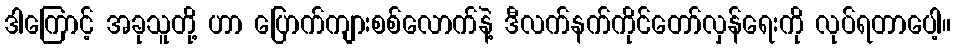
ဒါကြောင့် အခုသူတို့ ဟာ ပြောက်ကျားစစ်လောက်နဲ့ ဒီလက်နက်ကိုင်တော်လှန်ရေးကို လုပ်ရတာပေါ့။